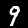
Digit: 9